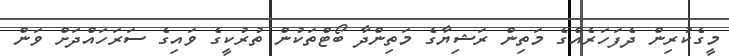
މީގެކުރިން ދެފަހަރެއްގެ މަތިން ރަޝިޔާގެ މަތިންދާ ބޯޓްތަކުން ތުރުކީގެ ވައިގެ ސަރަހައްދަށް ވަން